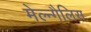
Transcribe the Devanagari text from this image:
मेल्न्गैलिस